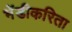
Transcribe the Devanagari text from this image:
भेंडीकरिता